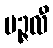
ပဉ္ဇလီ